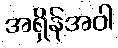
အရှိန်အဝါ